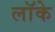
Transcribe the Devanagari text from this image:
लाॅके